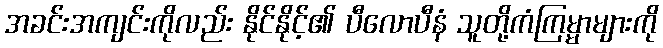
အခင်းအကျင်းကိုလည်း နိုင်နိုင့်၏ ပီလောပီနံ သူတို့ကံကြမ္မာများကို